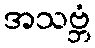
အသဗ္ဘံ